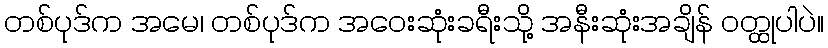
တစ်ပုဒ်က အမေ၊ တစ်ပုဒ်က အဝေးဆုံးခရီးသို့ အနီးဆုံးအချိန် ဝတ္ထုပါပဲ။